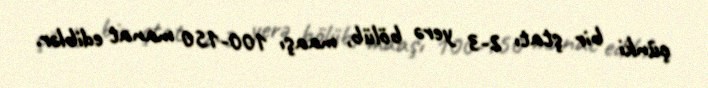
çünki bir ştatı 2-3 yerə bölüb, maaşı 100-150 manat ediblər.